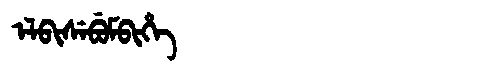
Manchu: ᡝᠯᠪᡳᠰᡝᠪᡠᠮᠪᡳᡥᡝ
Romanization: ELBISEBUMBIHE